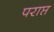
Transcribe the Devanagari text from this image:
पराप्त